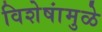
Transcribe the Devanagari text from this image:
विशेषांमुळे